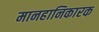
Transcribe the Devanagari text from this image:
मानहानिकारक